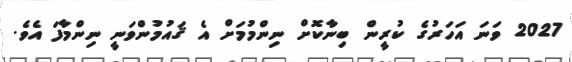
2027 ވަނަ އަހަރުގެ ކުރީން ބިނާކޮށް ނިންމުމަށް އެ ޤައުމުންވަނީ ނިންމާފަ އެވެ.